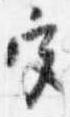
宮